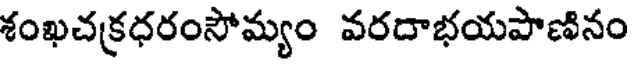
శంఖచక్రధరంసోమ్యం వరదాభయపాణినం